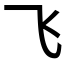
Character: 飞